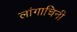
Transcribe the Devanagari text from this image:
लांगाचिनी